Scientific memoirs by medical officers of the Army of India - Part VIII,
Year: 1894
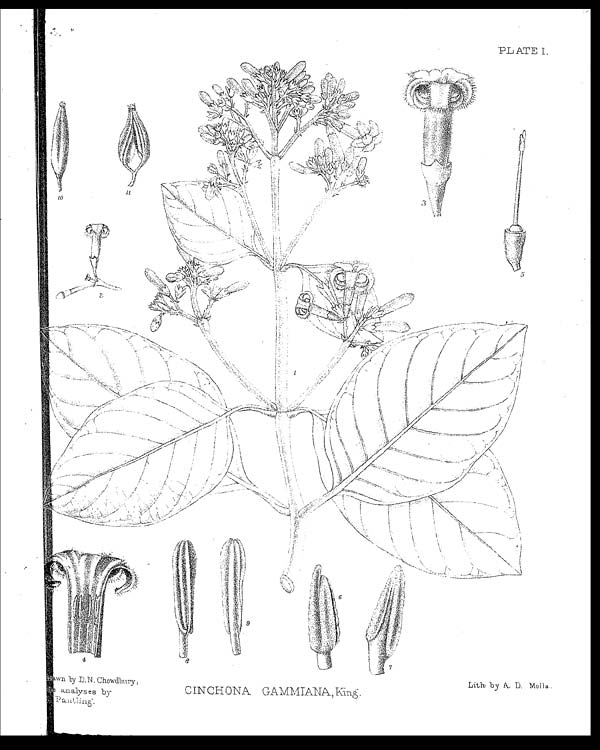
PLATE I.
D r a w n b y D . N . C h o w d h u r y ; t h e
analyses by
P a n t l i n g .
CINCHONA GAMMIANA, King.
Lith: by A. D. Molla.